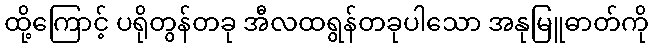
ထို့ကြောင့် ပရိုတွန်တခု အီလထရွန်တခုပါသော အနုမြူဓာတ်ကို